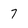
Character: 7